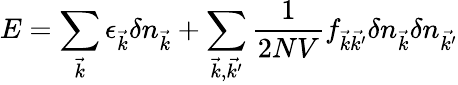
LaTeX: E=\sum_{\vec{k}}\epsilon_{\vec{k}}\delta n_{\vec{k}}+\sum_{{\vec{k}},{\vec{k^{\prime}}}}{{\frac{1}{2NV}}f_{{\vec{k}}{\vec{k^{\prime}}}}\delta n_{\vec{k}}\delta n_{\vec{k^{\prime}}}}